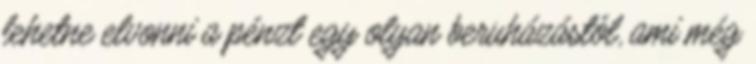
lehetne elvonni a pénzt egy olyan beruházástól, ami még